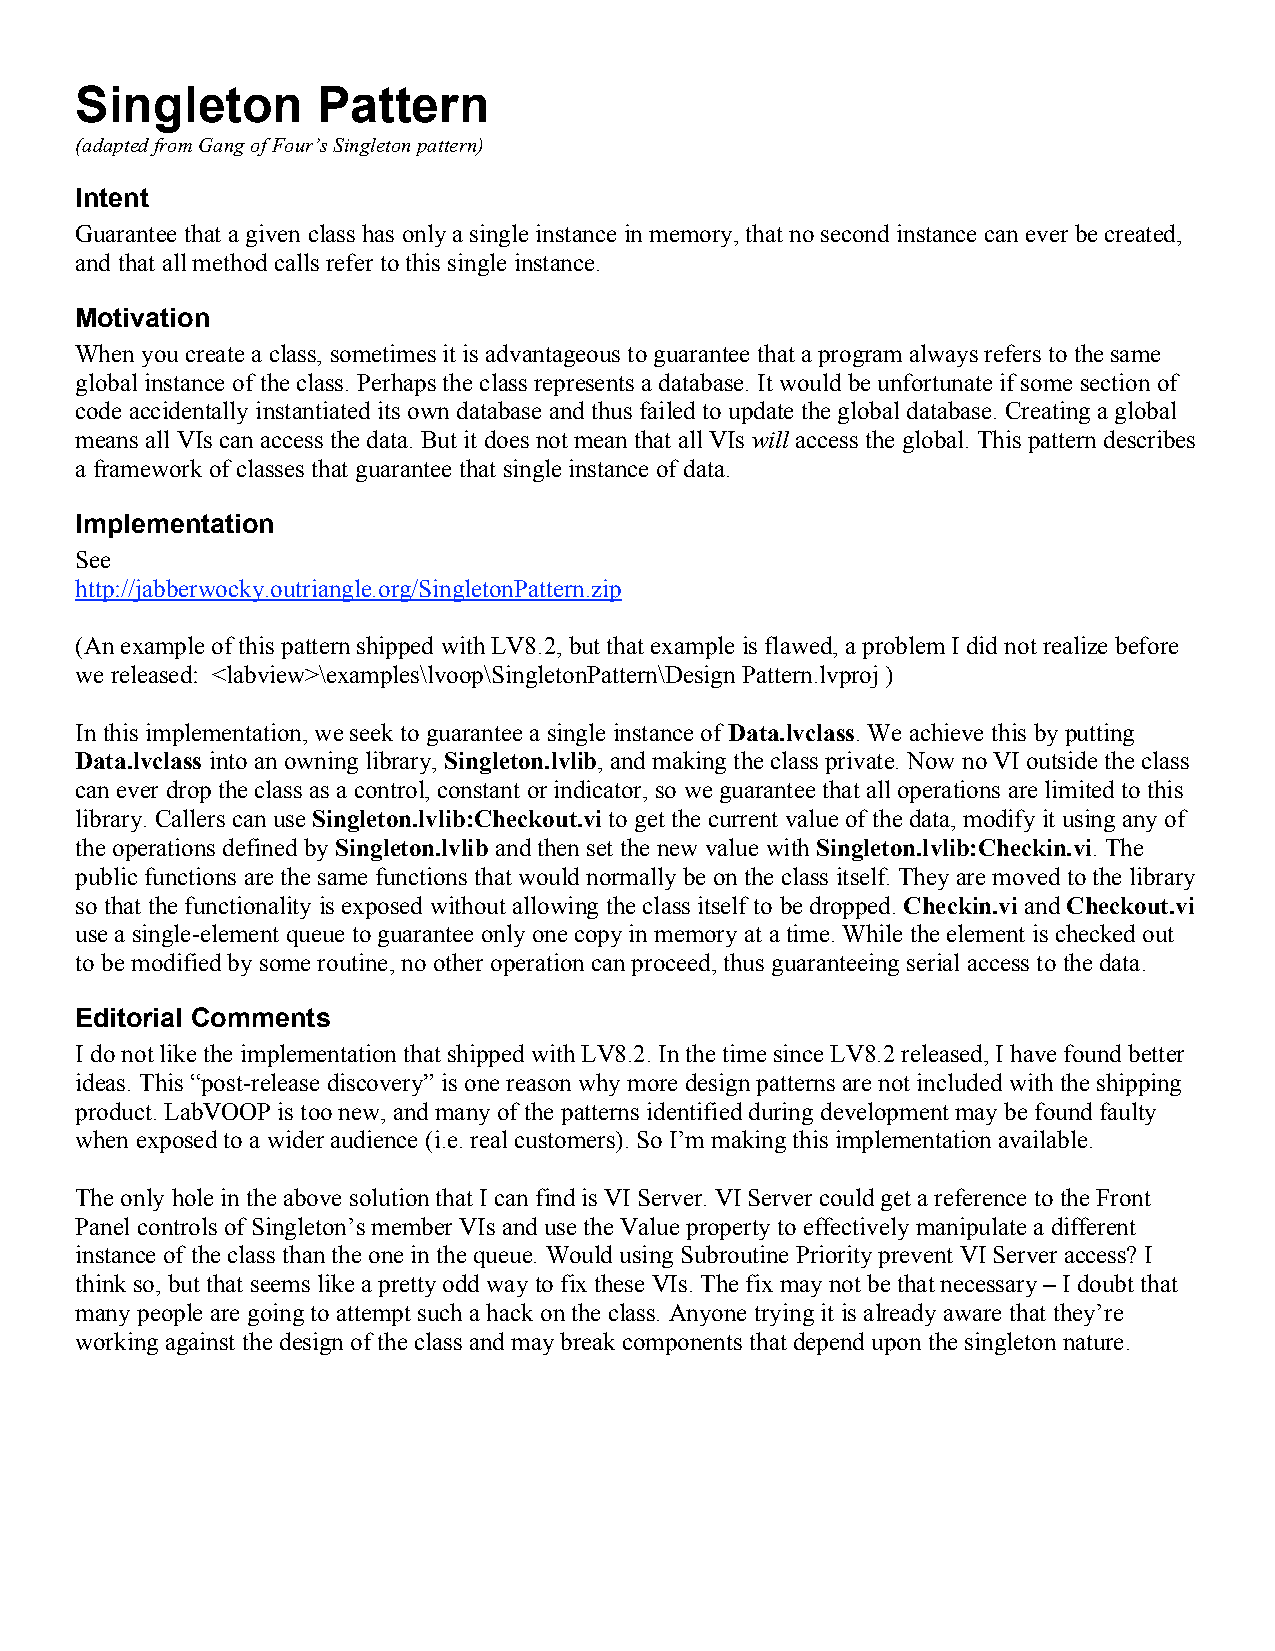
Singleton       Pattern
 (adapted from Gang of Four’s Singleton pattern)
 Intent
 Guarantee that a given class has only a single instance in memory, that no second instance can ever be created,
 and that all method calls refer to this single instance.
 Motivation
 When you create a class, sometimes it is advantageous to guarantee that a program always refers to the same
 global instance of the class. Perhaps the class represents a database. It would be unfortunate if some section of
 code accidentally instantiated its own database and thus failed to update the global database. Creating a global
 means all VIs can access the data. But it does not mean that all VIs will access the global. This pattern describes
 a framework of classes that guarantee that single instance of data.
 Implementation
 See
 http://jabberwocky.outriangle.org/SingletonPattern.zip
 (An example of this pattern shipped with LV8.2, but that example is flawed, a problem I did not realize before
 we released: <labview>\examples\lvoop\SingletonPattern\Design Pattern.lvproj )
 In this implementation, we seek to guarantee a single instance of Data.lvclass. We achieve this by putting
 Data.lvclass into an owning library, Singleton.lvlib, and making the class private. Now no VI outside the class
 can ever drop the class as a control, constant or indicator, so we guarantee that all operations are limited to this
 library. Callers can use Singleton.lvlib:Checkout.vi to get the current value of the data, modify it using any of
 the operations defined by Singleton.lvlib and then set the new value with Singleton.lvlib:Checkin.vi. The
 public functions are the same functions that would normally be on the class itself. They are moved to the library
 so that the functionality is exposed without allowing the class itself to be dropped. Checkin.vi and Checkout.vi
 use a single-element queue to guarantee only one copy in memory at a time. While the element is checked out
 to be modified by some routine, no other operation can proceed, thus guaranteeing serial access to the data.
 Editorial Comments
 I do not like the implementation that shipped with LV8.2. In the time since LV8.2 released, I have found better
 ideas. This “post-release discovery” is one reason why more design patterns are not included with the shipping
 product. LabVOOP is too new, and many of the patterns identified during development may be found faulty
 when exposed to a wider audience (i.e. real customers). So I’m making this implementation available.
 The only hole in the above solution that I can find is VI Server. VI Server could get a reference to the Front
 Panel controls of Singleton’s member VIs and use the Value property to effectively manipulate a different
 instance of the class than the one in the queue. Would using Subroutine Priority prevent VI Server access? I
 think so, but that seems like a pretty odd way to fix these VIs. The fix may not be that necessary – I doubt that
 many people are going to attempt such a hack on the class. Anyone trying it is already aware that they’re
 working against the design of the class and may break components that depend upon the singleton nature.